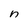
Character: n